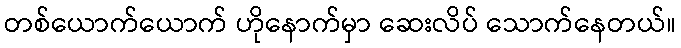
တစ်ယောက်ယောက် ဟိုနောက်မှာ ဆေးလိပ် သောက်နေတယ်။